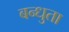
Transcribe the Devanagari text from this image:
बन्धुता